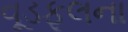
વૂડફૂલના